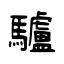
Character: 驢